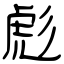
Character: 彪